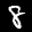
Label: 8